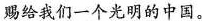
赐给我们一个光明的中国。